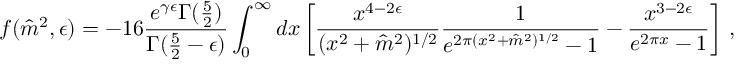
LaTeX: f ( \hat { m } ^ { 2 } , \epsilon ) = - 1 6 { \frac { e ^ { \gamma \epsilon } \Gamma ( { \frac { 5 } { 2 } } ) } { \Gamma ( { \frac { 5 } { 2 } } - \epsilon ) } } \int _ { 0 } ^ { \infty } d x \left[ { \frac { x ^ { 4 - 2 \epsilon } } { ( x ^ { 2 } + \hat { m } ^ { 2 } ) ^ { 1 / 2 } } } { \frac { 1 } { e ^ { 2 \pi ( x ^ { 2 } + \hat { m } ^ { 2 } ) ^ { 1 / 2 } } - 1 } } - { \frac { x ^ { 3 - 2 \epsilon } } { e ^ { 2 \pi x } - 1 } } \right] \, ,